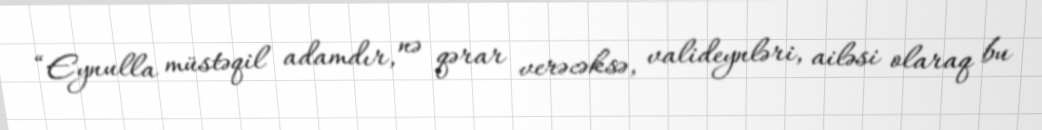
“Eynulla müstəqil adamdır, nə qərar verəcəksə, valideynləri, ailəsi olaraq bu